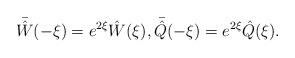
LaTeX: \begin{align*}\bar{ \hat W}(-\xi) = e^{2\xi} \hat W(\xi), \bar{ \hat Q}(-\xi) = e^{2\xi} \hat Q(\xi).\end{align*}